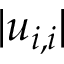
| u _ { i , i } |